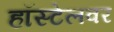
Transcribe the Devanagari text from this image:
हॉस्टेलवर